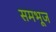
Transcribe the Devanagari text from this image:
समभूज